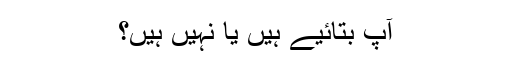
آپ بتائیے ہیں یا نہیں ہیں؟